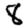
Digit: 8